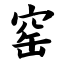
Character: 窑